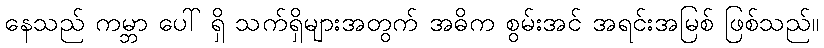
နေသည် ကမ္ဘာ ပေါ် ရှိ သက်ရှိများအတွက် အဓိက စွမ်းအင် အရင်းအမြစ် ဖြစ်သည်။